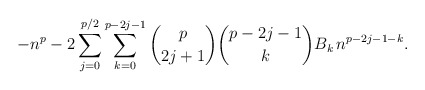
\begin{align*}-n^p - 2 \sum_{j=0}^{p/2} \sum_{k=0}^{p-2j-1} \binom{p}{2j+1} \binom{{p-2j-1}}{k} B_k \, n^{p-2j-1-k}.\end{align*}